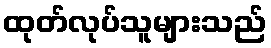
ထုတ်လုပ်သူများသည်